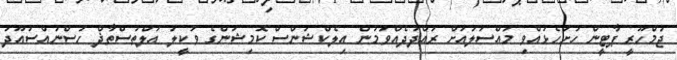
ޖުމްހޫރީ ޕާޓީން ހުށަހެޅުއްވި މައްސަލައަށް ރައްދުދެއްވަމުން އިލެކްޝަންސް ކޮމިޝަންގެ ވަކީލު އަލްތުސްތާޛް ހުސްނުއްސުއޫދު